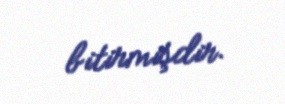
bitirmişdir.